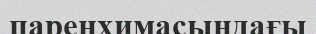
паренхимасындағы